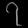
Digit: ၇